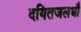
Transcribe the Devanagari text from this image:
दयितजलधौ